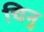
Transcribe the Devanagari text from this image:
चिनु